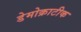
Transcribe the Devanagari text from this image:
डेमोक्राटीक